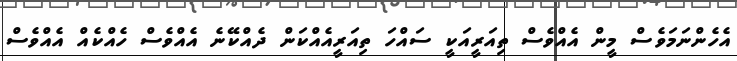
އެހެންނަމަވެސް މީން އެއްވެސް ތިއަރީއަކީ ސައްހަ ތިއަރީއެއްކަން ދެއްކޭނެ އެއްވެސް ހެއްކެއް އެއްވެސް